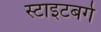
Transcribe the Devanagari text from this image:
स्टाइटबर्ग